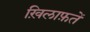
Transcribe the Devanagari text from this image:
ख़िलाफ़तें